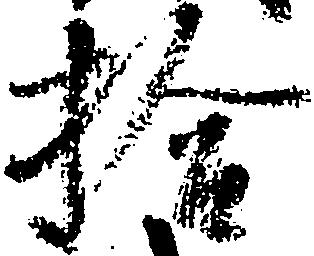
拾